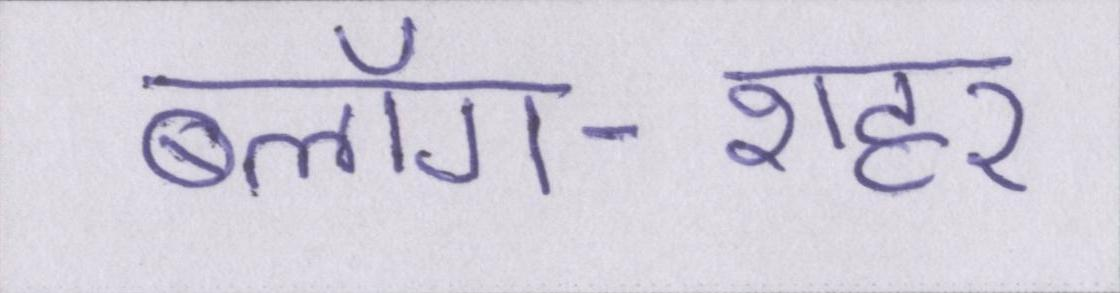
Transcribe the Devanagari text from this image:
ब्लॉग-शहर